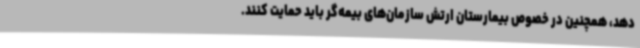
دهد، همچنین در خصوص بیمارستان ارتش سازمان‌های بیمه‌گر باید حمایت کنند.